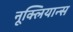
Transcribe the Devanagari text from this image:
नूक्लियान्स